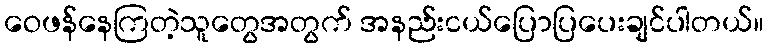
ဝေဖန်နေကြတဲ့သူတွေအတွက် အနည်းငယ်ပြောပြပေးချင်ပါတယ်။